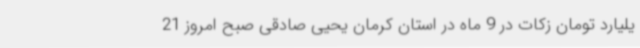
یلیارد تومان زکات در 9 ماه در استان کرمان یحیی صادقی صبح امروز 21